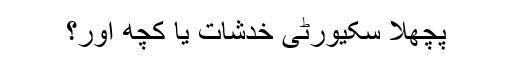
پچھلا سکیورٹی خدشات یا کچھ اور؟